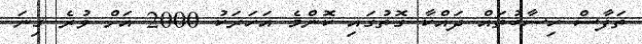
ތަފާސް ހިސާބުތައް ދައްކާ ގޮތުގައި ކޮންމެ އަހަރަކު 2000 އަށް ވުރެ ގިނަ